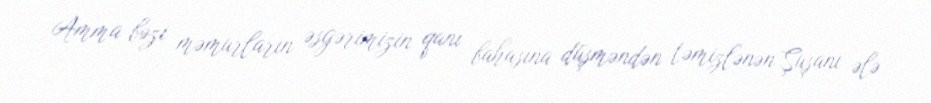
Amma bəzi məmurların əsgərimizin qanı bahasına düşməndən təmizlənən Şuşanı ələ